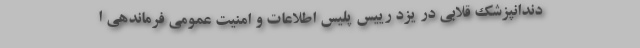
دندانپزشک قلابی در یزد رییس پلیس اطلاعات و امنیت عمومی فرماندهی ا